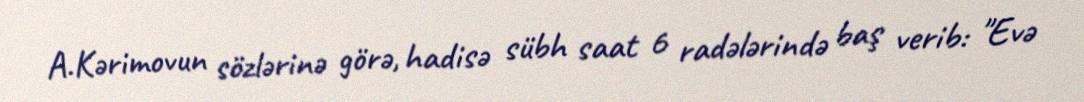
A.Kərimovun sözlərinə görə, hadisə sübh saat 6 radələrində baş verib: "Evə